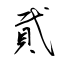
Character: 貮